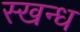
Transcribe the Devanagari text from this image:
स्खन्ध